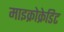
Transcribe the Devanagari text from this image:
माइक्रोक्रेडिट